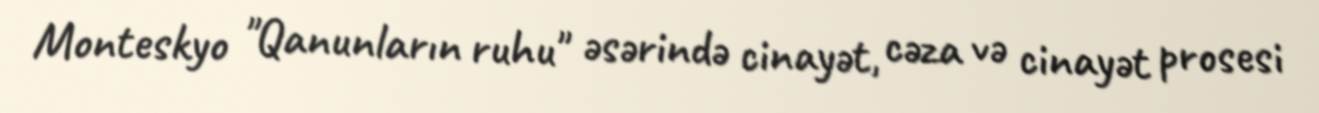
Monteskyo "Qanunların ruhu" əsərində cinayət, cəza və cinayət prosesi